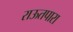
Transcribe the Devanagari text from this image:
राऊतपारा